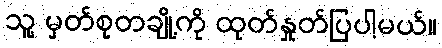
သူ့ မှတ်စုတချို့ကို ထုတ်နှုတ်ပြပါ့မယ်။